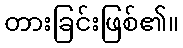
တားခြင်းဖြစ်၏။